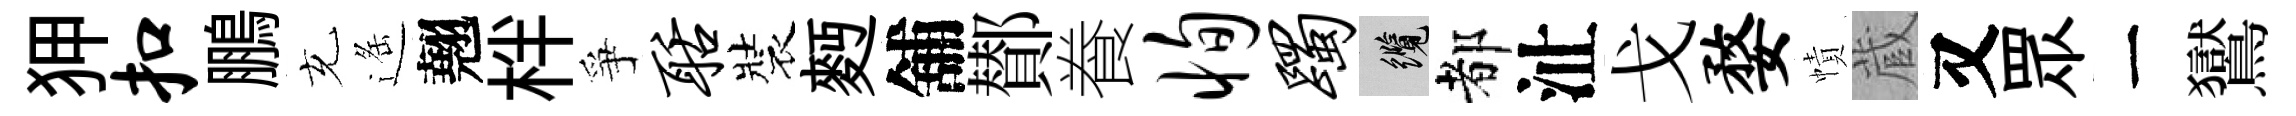
狎扣鵬充遥翹柈爭聒裝麪舖鄼飬恂躅纜都沚戈婺幘蔵又眾一鸑